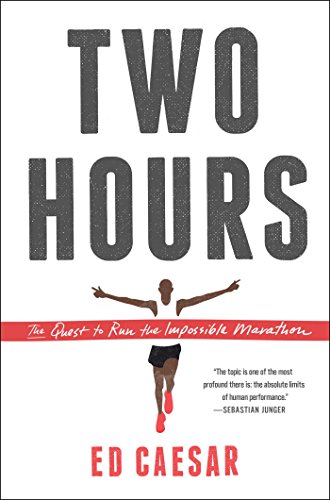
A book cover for Two Hours: The Quest to Run the Impossible Marathon; Ed Caesar; Science & Math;